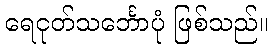
ရေငုတ်သင်္ဘောပုံ ဖြစ်သည်။